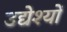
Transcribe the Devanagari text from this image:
उद्येश्यों